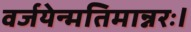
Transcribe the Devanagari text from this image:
वर्जयेन्मतिमान्नरः।